Annual report of the Bengal Veterinary College and of the Civil Veterinary Department, Bengal, for the year 1908-1909 - 1908-1909
Year: 1908
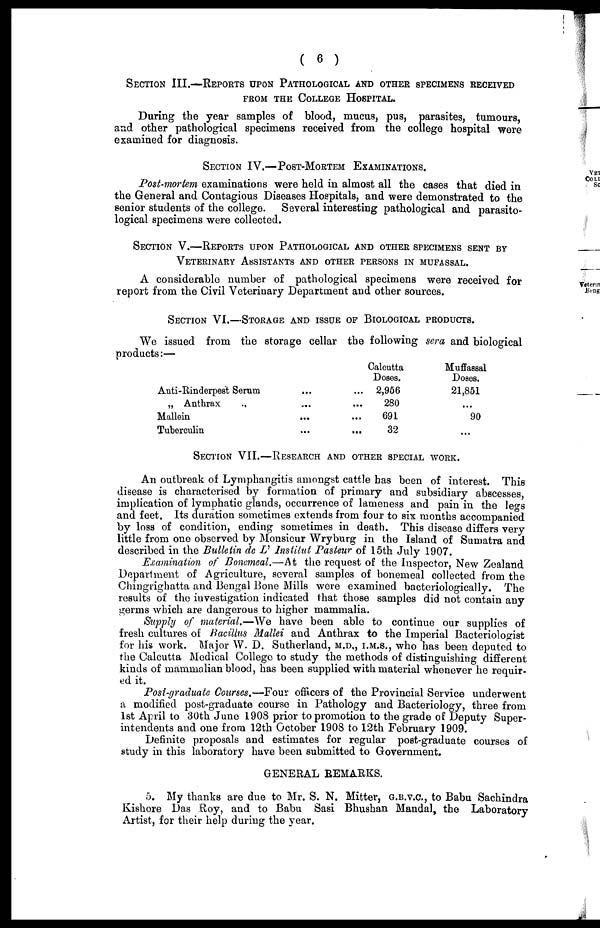
( 6 )
SECTION III.—REPORTS UPON PATHOLOGICAL AND OTHER SPECIMENS RECEIVED
FROM THE COLLEGE HOSPITAL.
During the year samples of blood, mucus, pus, parasites, tumours,
and other pathological specimens received from the college hospital were
examined for diagnosis.
SECTION IV.—POST-MORTEM EXAMINATIONS.
Post-mortem examinations were held in almost all the cases that died in
the General and Contagious Diseases Hospitals, and were demonstrated to the
senior students of the college.
Several interesting pathological and parasito-
logical specimens were collected.
SECTION V.—REPORTS UPON PATHIOLOGICAL AND OTHER SPECIMENS SENT BY
VETERINARY ASSISTANTS AND OTHER PERSONS IN MUFASSAL.
A considerable number of pathological specimens were received for
report from the Civil Veterinary Department and other sources.
SECTION VI.—STORAGE AND ISSUE OF BIOLOGICAL PRODUCTS.
We issued from the storage cellar the following sera and biological
products:—
Anti-Rinderpest Serum
„ Anthrax
Mallein
Tuberculin
...
...
...
...
Calcutta
Doses.
... 2,956
... 280
... 691
...
32
Muffassal
Doses.
21,851
...
90
...
SECTION VII.—RESEARCH AND OTHER SPECIAL WORK.
An outbreak of Lymphangitis amongst cattle has been of interest. This
disease is characterised by formation of primary and subsidiary abscesses,
implication of lymphatic glands, occurrence of lameness and pain in the legs
and feet. Its duration sometimes extends from four to six months accompanied
by loss of condition, ending sometimes in death. This disease differs very
little from one observed by Monsieur Wryburg in the Island of Sumatra and
described in the Bulletin de L' Institut Pasteur of 15th July 1907.
Examination of Bonemeal.—At the request of the Inspector, New Zealand
Department of Agriculture, several samples of bonemeal collected from the
Chingrighatta and Bengal Bone Mills were examined bacteriologically. The
results of the investigation indicated that those samples did not contain any
germs which are dangerous to higher mammalia.
Supply of material.—We have been able to continue our supplies of
fresh cultures of Bacillus Mallei and Anthrax to the Imperial Bacteriologist
for his work. Major W. D. Sutherland, M.D.,I.M.S., who has been deputed to
the Calcutta Medical College to study the methods of distinguishing different
kinds of mammalian blood, has been supplied with material whenever he requir-
ed it.
Post-graduate Courses.—Four officers of the Provincial Service underwent
a modified post-graduate course in Pathology and Bacteriology, three from
1st April to 30th June 1908 prior to promotion to the grade of Deputy Super-
intendents and one from 12th October 1908 to 12th February 1909.
Definite proposals and estimates for regular post-graduate courses of
study in this laboratory have been submitted to Government.
GENERAL REMARKS.
5. My thanks are due to Mr. S. N. Mitter, G.B.V.C., to Babu Sachindra
Kishore Das Roy, and to Babu Sasi Bhushan Mandal, the Laboratory
Artist, for their help during the year.